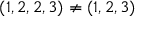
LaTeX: ( 1 , 2 , 2 , 3 ) \neq ( 1 , 2 , 3 )